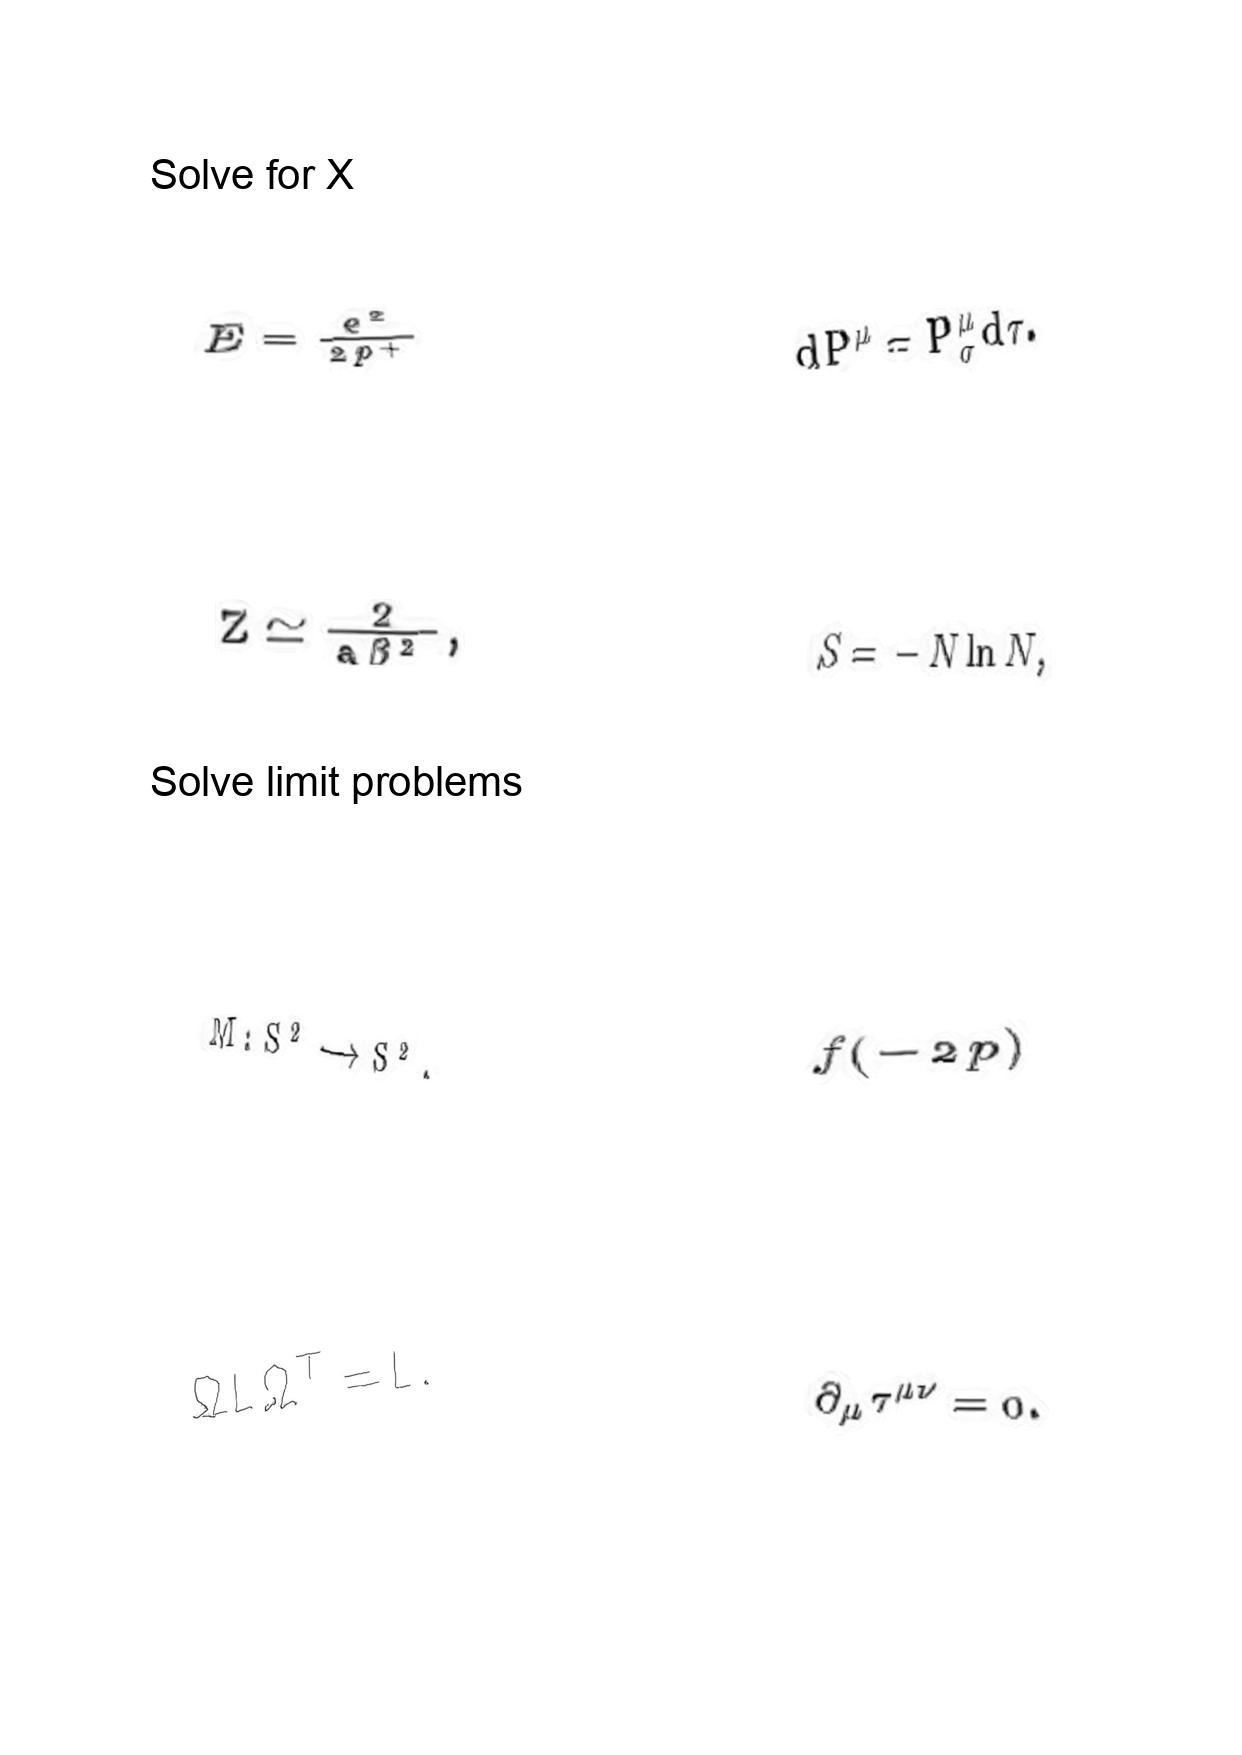
LaTeX transcription:
E = \frac { e ^ { 2 } } { 2 p ^ { + } }
Z \simeq \frac { 2 } { a \beta ^ { 2 } } ,
M : S ^ { 2 } \longrightarrow S ^ { 2 } .
\Omega L \Omega ^ { T } = L .
d P ^ { \mu } = P _ { \sigma } ^ { \mu } d \tau .
S = - N \ln N ,
f \lparen - 2 p \rparen
\partial _ { \mu } \tau ^ { \mu \nu } = 0 .